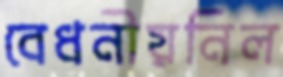
বেধনীয়নিল